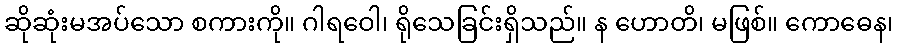
ဆိုဆုံးမအပ်သော စကားကို။ ဂါရဝေါ၊ ရိုသေခြင်းရှိသည်။ န ဟောတိ၊ မဖြစ်။ ကောဓေန၊